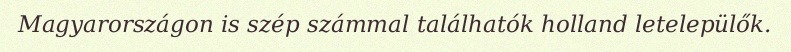
Magyarországon is szép számmal találhatók holland letelepülők.